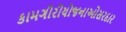
કામગીરીયોજનાઓસરદાર